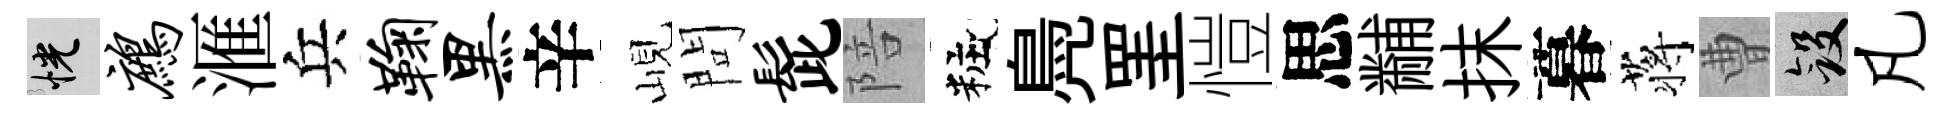
恍鹧滙兵鞠黑辛峴問髭陪粧鳧罣愷思黼抹暮蒋曹斂凡